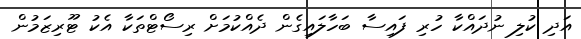
އަދި ކުލި ނުދައްކާ ހުރި ފައިސާ ބަހާލައިގެން ދެއްކުމަށް ރިސޯޓްތަކާ އެކު ޓޫރިޒަމުން